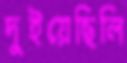
দুইয়েছিলি